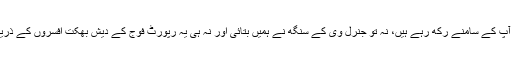
یہ رپورٹ، جو ہم آپ کے سامنے رکھ رہے ہیں، نہ تو جنرل وی کے سنگھ نے ہمیں بتائی اور نہ ہی یہ رپورٹ فوج کے دیش بھکت افسروں کے ذریعے لیک کی گئی۔